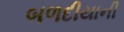
બળદીયાની